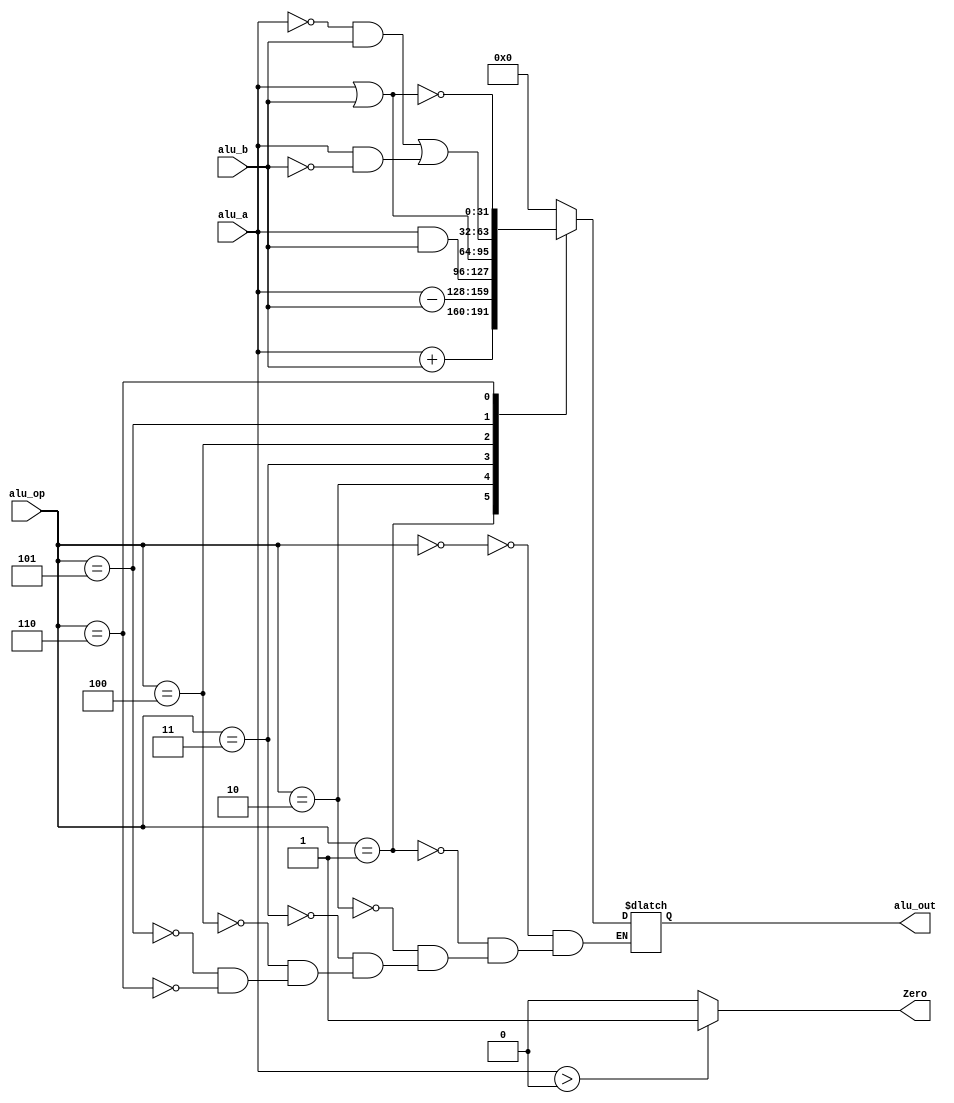
`timescale 1ns / 1ps
//////////////////////////////////////////////////////////////////////////////////
// Company: 
// Engineer: 
// 
// Design Name: 
// Module Name:    ALU 
// Project Name: 
// Target Devices: 
// Tool versions: 
// Description: 
//
// Dependencies: 
//
// Revision: 
// Revision 0.01 - File Created
// Additional Comments: 
//
//////////////////////////////////////////////////////////////////////////////////
module ALU(
input signed [31:0] alu_a,
input signed [31:0] alu_b,
input [4:0] alu_op,
output reg [31:0] alu_out,
output  Zero
    );
initial begin
alu_out = 0;
end

assign Zero = ((alu_a>0)? 1 : 0);

parameter  A_NOP = 5'h00;
parameter  A_ADD = 5'h01;
parameter  A_SUB = 5'h02;
parameter  A_AND = 5'h03;
parameter  A_OR = 5'h04;
parameter  A_XOR = 5'h05;
parameter  A_NOR = 5'h06;

always@(*)
begin
   case(alu_op)
	  A_NOP:  alu_out = 0; 
     A_ADD:  alu_out = alu_a + alu_b;
     A_SUB:  alu_out = alu_a - alu_b;
     A_AND:  alu_out = alu_a & alu_b;
     A_OR:   alu_out = alu_a | alu_b;
     A_XOR:  alu_out = (~alu_a & alu_b) | (alu_a & ~alu_b);
     A_NOR:  alu_out = ~(alu_a | alu_b);
	  endcase
end


  

endmodule